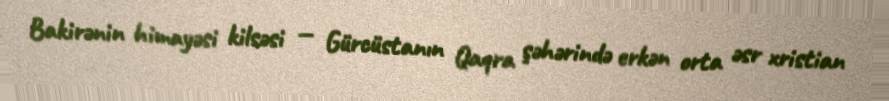
Bakirənin himayəsi kilsəsi — Gürcüstanın Qaqra şəhərində erkən orta əsr xristian